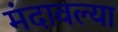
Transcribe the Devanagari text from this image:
मंदावल्या